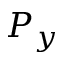
P _ { y }